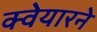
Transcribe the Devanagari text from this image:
क्वेयारने